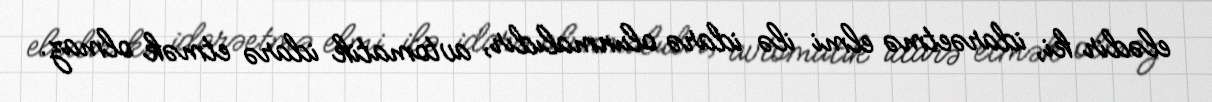
elədir ki, idarəetmə elmi ilə idarə olunmalıdır, avtomatik idarə etmək olmaz.